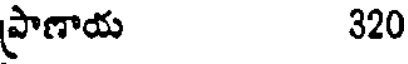
ప్రాణాయ 320